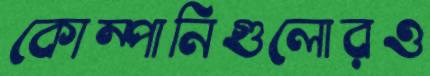
কোম্পানিগুলোরও